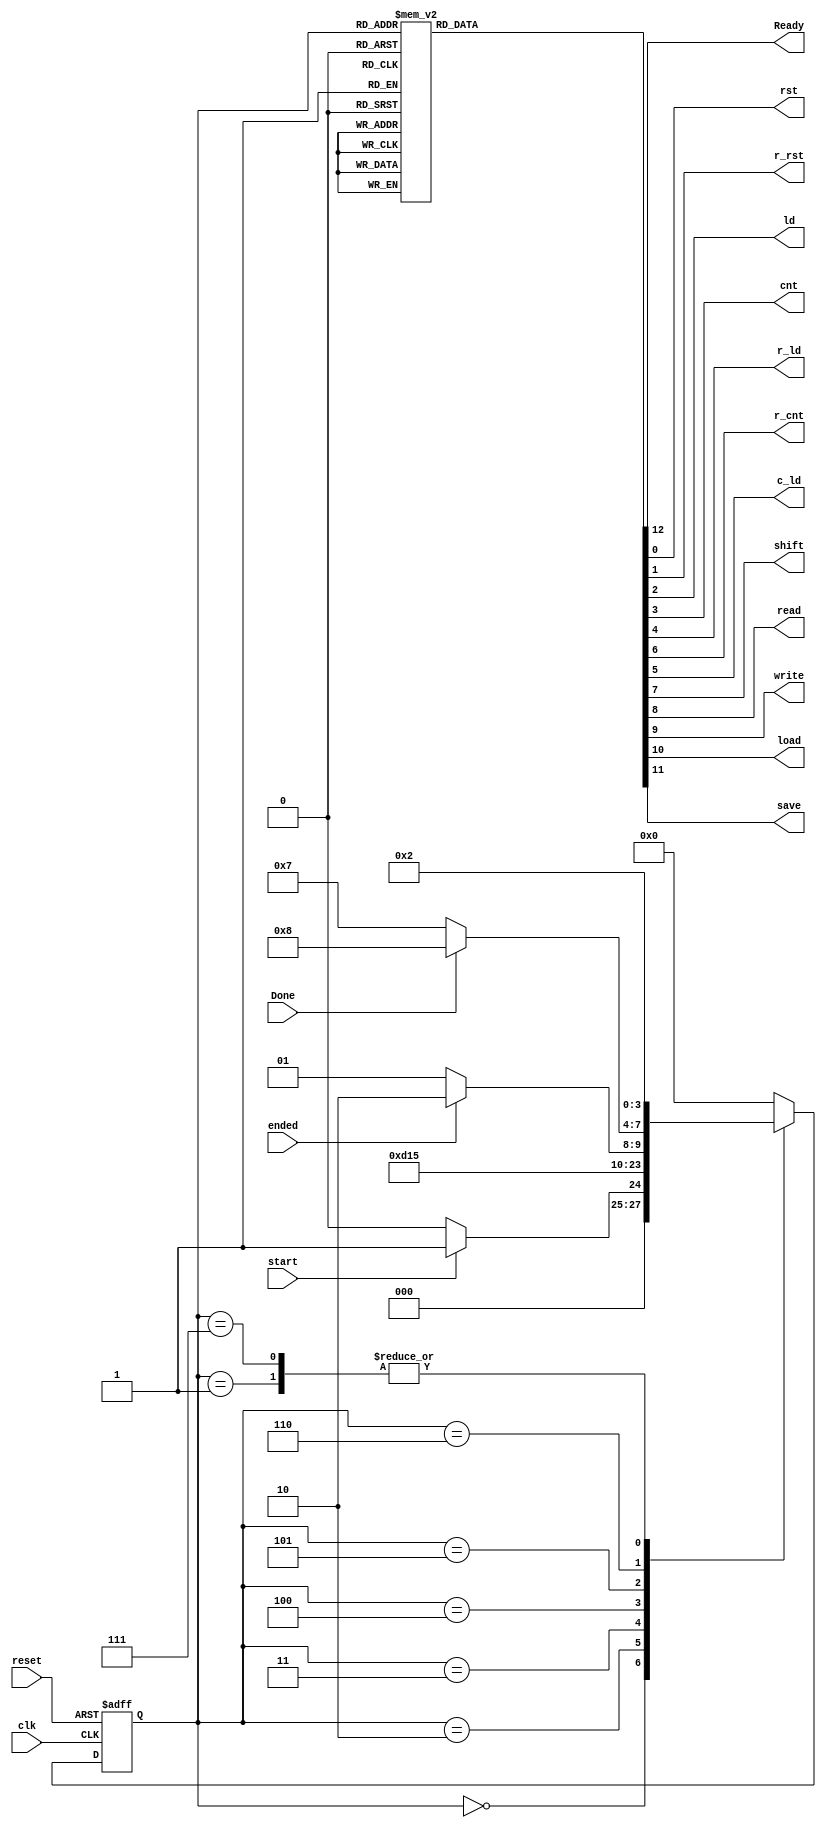
module rotate_cu (clk, reset, start, ended, Done, Ready, 
  rst, r_rst, ld, cnt, r_ld, r_cnt, c_ld, shift,
  read, write, load, save);

  input clk, start, ended, Done, reset;
  output reg Ready, rst, r_rst, ld, cnt, r_ld, c_ld, r_cnt, shift;
  output reg read, write, load, save;

  reg[3:0] ps,ns;
	parameter [3:0] Idle=0, Init=1, ReqData=2 ,FetchData=3, 
                    FetchStage=4, RotateData=5, 
                    Write=6, NextData=7, Save=8;
    
  always@(ps, start, ended, Done)begin
		ns=Idle;
		case(ps)
			Idle: ns = start ? Init : Idle;
      Init: ns = ReqData;
      ReqData: ns = FetchData;
      FetchData: ns = FetchStage;
      FetchStage: ns = RotateData; 
      RotateData: ns = ended ? Write : RotateData;
      Write: ns = Done ? Save : NextData;
      NextData: ns = ReqData;
      Save: ns = Idle;
		endcase
	end

  always@(ps)begin
      {Ready, rst, r_rst, ld, cnt, r_ld, c_ld, r_cnt, shift, read, write, load, save} = 13'd0;
      case(ps)
          Idle: Ready = 1'b1;
          Init: {rst, r_rst, load} = 3'b111;
          ReqData: read = 1'b1;
          FetchData: r_ld = 1'b1;
          FetchStage: c_ld = 1'b1; 
          RotateData: {r_cnt, shift} = 2'b11;
          Write: {ld, write} = 2'b11;
          NextData: {cnt, r_rst} = 2'b11;
          Save: save = 1'b1;
      endcase
  end

    always @(posedge clk , posedge reset) begin
    if(reset)
      ps <= Idle;
    else
      ps <= ns;
	end
endmodule